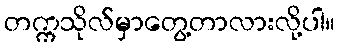
တက္ကသိုလ်မှာတွေ့တာလားလို့ပါ။